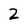
Character: 2